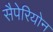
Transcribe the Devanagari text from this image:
सैपेरियोन